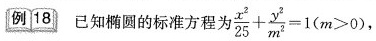
例18 已知椭圆的标准方程为$$\frac { x ^ { 2 } } { 2 5 } + \frac { y ^ { 2 } } { m ^ { 2 } } = 1$$($$m > 0$$)，